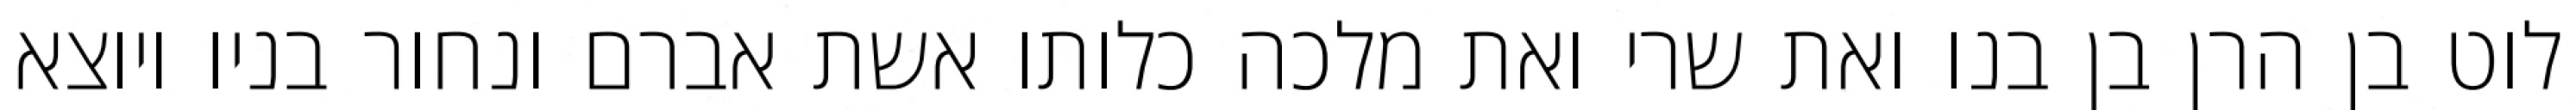
לוט בן הרן בן בנו ואת שרי ואת מלכה כלותו אשת אברם ונחור בניו ויוצא